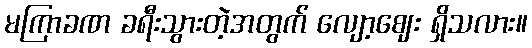
မကြာခဏ ခရီးသွားတဲ့အတွက် လျော့ဈေး ရှိသလား။